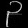
Digit: ၃